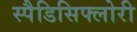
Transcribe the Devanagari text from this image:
स्पैडिसिफ्लोरी